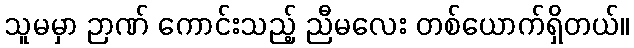
သူမမှာ ဉာဏ် ကောင်းသည့် ညီမလေး တစ်ယောက်ရှိတယ်။